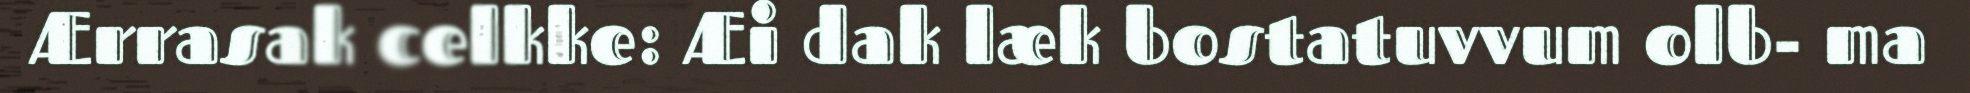
Ærrasak celkke: Æi dak læk bostatuvvum olb- ma